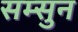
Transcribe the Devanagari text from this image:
सम्सुन